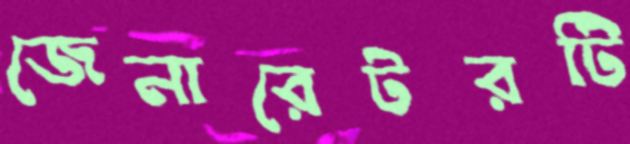
জেনারেটরটি